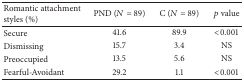
<table><thead><tr><td><b>Romantic attachment styles (%)</b></td><td><b>PND (<i>N</i> = 89)</b></td><td><b>C (<i>N</i> = 89)</b></td><td><b><i>p</i> value</b></td></tr></thead><tbody><tr><td>Secure </td><td>41.6</td><td>89.9</td><td>&lt;0.001</td></tr><tr><td>Dismissing </td><td>15.7</td><td>3.4</td><td>NS</td></tr><tr><td>Preoccupied </td><td>13.5</td><td>5.6</td><td>NS</td></tr><tr><td>Fearful-Avoidant </td><td>29.2</td><td>1.1</td><td>&lt;0.001</td></tr></tbody></table>